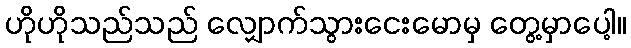
ဟိုဟိုသည်သည် လျှောက်သွားငေးမောမှ တွေ့မှာပေါ့။